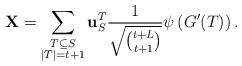
LaTeX: \begin{align*}\mathbf{X} = \sum_{\substack{T \subseteq S \\ |T|=t+1}} \mathbf{u}_S^T \frac{1}{\sqrt{{t+L \choose t+1}}} \psi\left(G'(T)\right).\end{align*}